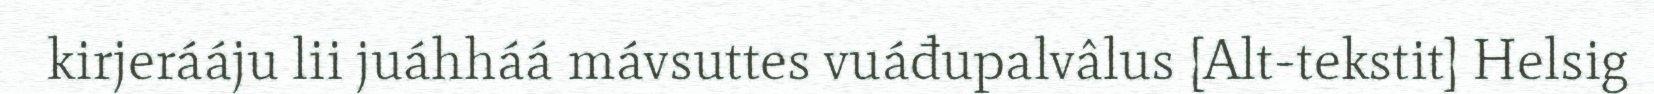
kirjerááju lii juáhháá mávsuttes vuáđupalvâlus [Alt-tekstit] Helsig